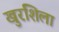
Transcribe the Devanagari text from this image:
खुरशिला